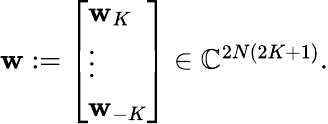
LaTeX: \begin{array}{r}{\mathbf{w}:=\left[\begin{array}{l}{\mathbf{w}_{K}}\\ {\vdots}\\ {\mathbf{w}_{-K}}\end{array}\right]\in\mathbb{C}^{2N(2K+1)}.}\end{array}